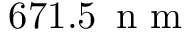
6 7 1 . 5 \ensuremath { \, \mathrm { ~ n ~ m ~ } }